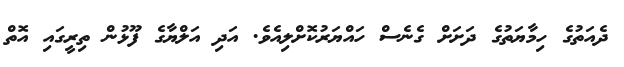
ދެއަތުގެ ހިމާޔަތުގެ ދަށަށް ގެނެސް ހައްޔަރުކޮށްލިއެވެ. އަދި އަލްޔާގެ ފޫޅުން ތިރީގައި އޮތް